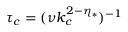
\tau _ { c } = ( \nu k _ { c } ^ { 2 - \eta _ { * } } ) ^ { - 1 }